Indian journal of veterinary science and animal husbandry - Volume 8,
Year: 1938
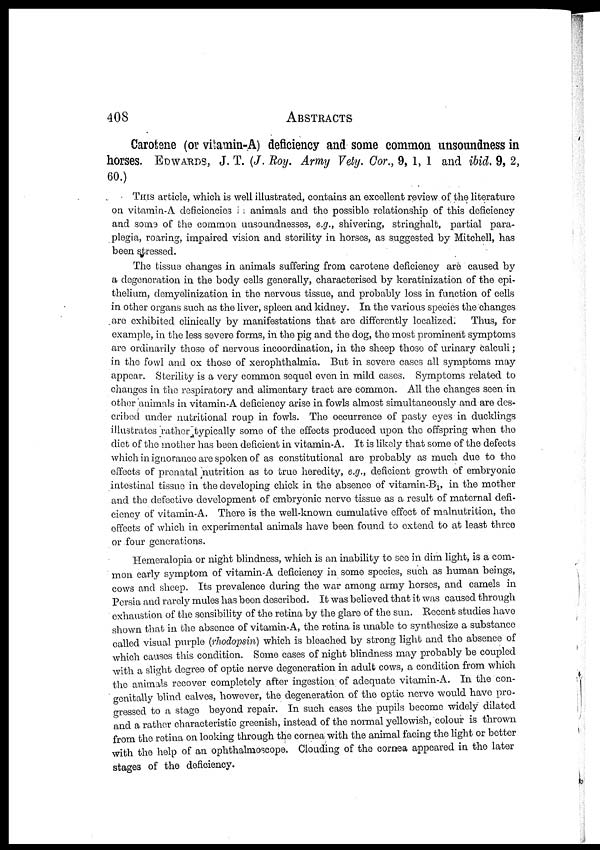
408
ABSTRACTS
Carotene (or vitamin-A) deficiency and some common unsoundness in
horses. EDWARDS, J. T. (J. Roy. Army Vety. Cor., 9, 1, 1 and ibid. 9, 2,
60.)
THIS article, which is well illustrated, contains an excellent review of the literature
on vitamin-A deficiencies in animals and the possible relationship of this deficiency
and some of the common unsoundnesses, e.g., shivering, stringhalt, partial para-
plegia, roaring, impaired vision and sterility in horses, as suggested by Mitchell, has
been stressed.
The tissue changes in animals suffering from carotene deficiency are caused by
a degeneration in the body cells generally, characterised by keratinization of the epi-
thelium, demyelinization in the nervous tissue, and probably loss in function of cells
in other organs such as the liver, spleen and kidney. In the various species the changes
are exhibited clinically by manifestations that are differently localized. Thus, for
example, in the less severe forms, in the pig and the dog, the most prominent symptoms
are ordinarily those of nervous incoordination, in the sheep those of urinary calculi;
in the fowl and ox those of xerophthalmia. But in severe cases all symptoms may
appear. Sterility is a very common sequel even in mild cases. Symptoms related to
changes in the respiratory and alimentary tract are common. All the changes seen in
other animals in vitamin-A deficiency arise in fowls almost simultaneously and are des-
cribed under nutritional roup in fowls. The occurrence of pasty eyes in ducklings
illustrates rather typically some of the effects produced upon the offspring when the
diet of the mother has been deficient in vitamin-A. It is likely that some of the defects
which in ignorance are spoken of as constitutional are probably as much due to the
effects of prenatal nutrition as to true heredity, e.g., deficient growth of embryonic
intestinal tissue in the developing chick in the absence of vitamin-B 1 , in the mother
and the defective development of embryonic nerve tissue as a result of maternal defi-
ciency of vitamin-A. There is the well-known cumulative effect of malnutrition, the
effects of which in experimental animals have been found to extend to at least three
or four generations.
Hemeralopia or night blindness, which is an inability to see in dim light, is a com-
mon early symptom of vitamin-A deficiency in some species, such as human beings,
cows and sheep. Its prevalence during the war among army horses, and camels in
Persia and rarely mules has been described. It was believed that it was caused through
exhaustion of the sensibility of the retina by the glare of the sun. Recent studies have
shown that in the absence of vitamin-A, the retina is unable to synthesize a substance
called visual purple (rhodopsin) which is bleached by strong light and the absence of
which causes this condition. Some cases of night blindness may probably be coupled
with a slight degree of optic nerve degeneration in adult cows, a condition from which
the animals recover completely after ingestion; of adequate vitamin-A. In the con-
genitally blind calves, however, the degeneration of the optic nerve would have pro-
gressed to a stage beyond repair. In such cases the pupils become widely dilated
and a rather characteristic greenish, instead of the normal yellowish, colour is thrown
from the retina on looking through the cornea with the animal facing the light or better
with the help of an ophthalmoscope. Clouding of the cornea appeared in the later
stages of the deficiency.